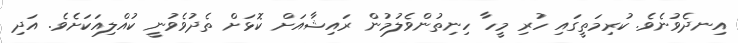
އިނދެވުނެވެ. ކުރިމަތީގައި ހުރި މީހާ ހިނިތުންވެލުމުން ރައިޝާއަށް ކޮޅަށް ތެދުވެވުނީ ކުއްލިއަކަށެވެ. އަދި